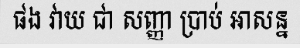
ផង វាយ ជា សញ្ញា ប្រាប់ អាសន្ន